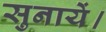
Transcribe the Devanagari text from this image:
सुनायें।